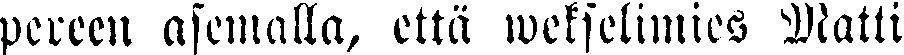
pereen asemalla, että wekselimies Matti